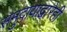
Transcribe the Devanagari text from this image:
समुदायाद्वारेही